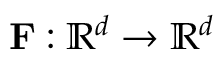
\mathbf F : \mathbb R ^ { d } \to \mathbb R ^ { d }